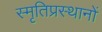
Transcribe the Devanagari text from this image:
स्मृतिप्रस्थानों